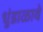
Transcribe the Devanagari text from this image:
धुंडाळावे